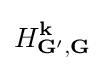
H_{\mathbf {G'} ,\mathbf {G} }^{\mathbf {k} }